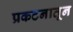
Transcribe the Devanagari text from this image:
प्रकटनातून